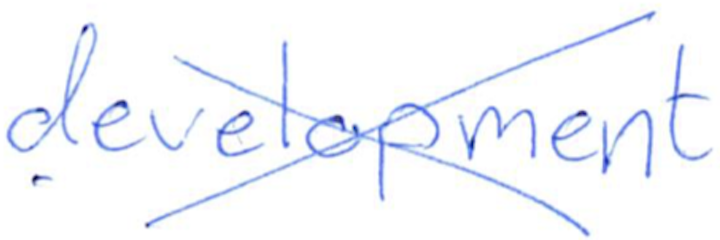
Text: development
Cross-out: cross
Writing tool: ballpoint